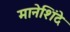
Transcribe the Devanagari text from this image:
मानेशिंदे